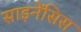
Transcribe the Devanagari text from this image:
साइनेंसिस